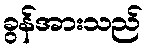
ခွန်အားသည်